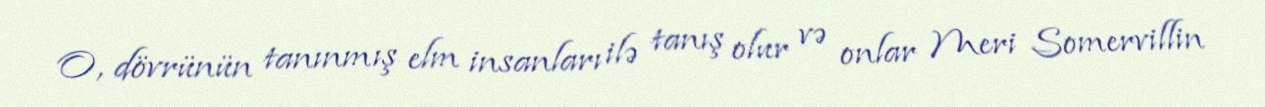
O, dövrünün tanınmış elm insanları ilə tanış olur və onlar Meri Somervillin